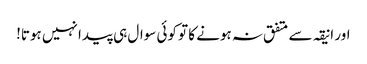
اور انیقہ سے متفق نہ ہونے کا تو کوئی سوال ہی پیدا نہیں ہوتا!